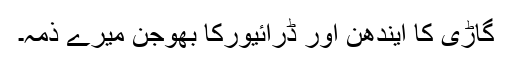
گاڑی کا ایندھن اور ڈرائیورکا بھوجن میرے ذمہ۔